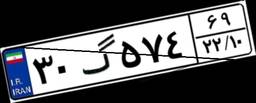
۴۷گ۹۱۷۶۵